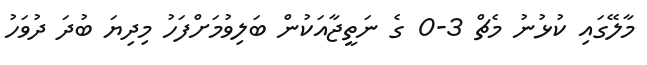
މާލޭގައި ކުޅުނު މެޗް 3-0 ގެ ނަތީޖާއަކުން ބަލިވުމަށްފަހު މިދިޔަ ބުދަ ދުވަހު